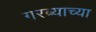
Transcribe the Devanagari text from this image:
गरब्याच्या